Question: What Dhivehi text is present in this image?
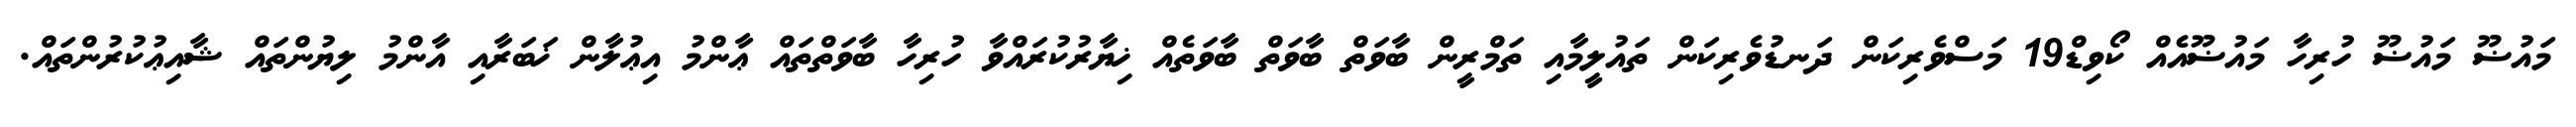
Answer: މައުޟޫ މައުޟޫ ހުރިހާ މައުޟޫއެއް ކޯވިޑް19 މަސްވެރިކަން ދަނޑުވެރިކަން ތައުލީމާއި ތަމްރީން ބާވަތް ބާވަތް ބާވަތެއް ޚިޔާރުކުރައްވާ ހުރިހާ ބާވަތްތައް ޢާންމު އިޢުލާން ޚަބަރާއި އާންމު ލިޔުންތައް ޝާއިޢުކުރުންތައް.